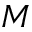
M